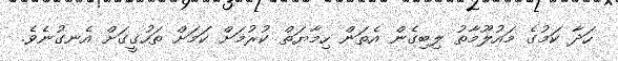
ހަދާ ކަމުގެ މައުލޫމާތު ލިބިގެން އެތަން ހިމާޔަތް ކުރުމަށް ކަމަށް ތަހުގީގަށް އެނގުނެވެ.